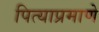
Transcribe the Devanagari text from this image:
पित्याप्रमाणे